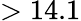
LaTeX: >14.1